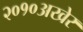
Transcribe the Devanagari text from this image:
२०१०अखेर